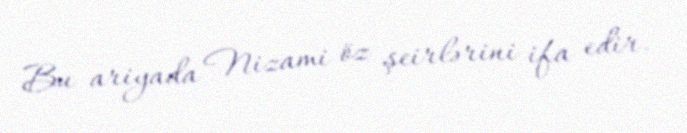
Bu ariyada Nizami öz şeirlərini ifa edir.